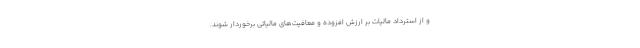
و از استرداد مالیات بر ارزش افزوده و معافیت‌های مالیاتی برخوردار شوند.